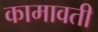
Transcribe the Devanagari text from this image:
कामावती